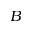
B